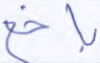
باخع